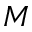
M